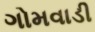
ગોમવાડી